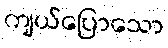
ကျယ်ပြောသော